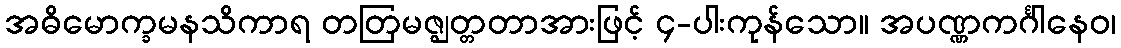
အဓိမောက္ခမနသိကာရ တတြမဇ္ဈတ္တတာအားဖြင့် ၄-ပါးကုန်သော။ အပဏ္ဏကင်္ဂါနေဝ၊